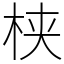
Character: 𬂩